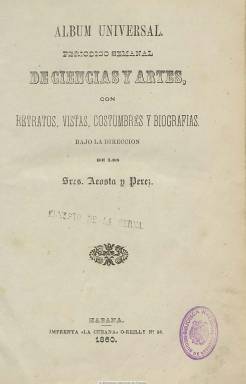
Título: Álbum universal
Colección: Semanarios de amenidades || Cultura
Ámbito geográfico: Cuba
Lugar de publicación: Habana
Fechas: 01/01/1860-31/12/1860

Con el subtítulo “periódico semanal de ciencias y artes, con retratos, vistas, costumbres y biografías” se publica durante 1860 en La Habana, bajo la dirección de los señores Acosta y Pérez, estampado en la imprenta La Cubana. Contiene principalmente biografías de personajes célebres en los campos de las artes, como en las carreras de las armas y de las letras, así como otros artículos eruditos, históricos o literarios, y algunas composiciones en verso de poetas “de ambos mundos”, pues el objeto de la publicación era propagar la ilustración. Cada entrega estaba formada por ocho páginas de texto y cuatro placas litográficas aparte, pero, según se señala al comienzo del tomo que forma la colección, sus editores comenzaron a distribuir al principio sólo las láminas, y también señalan que a los dos meses contaban con cerca de 1.500 suscriptores y que habían cesado en su publicación al final del mes de septiembre. Además de los retratos, algunos de literatos y alguna literata y militares españoles, sus grabados son también de vistas de monumentos, edificios y ciudades, algunas de ellas también españolas. Otros son de tipos y costumbres. Ni los textos ni los grabados, alguno coloreado, llevan firma. Para su edición se sirvieron de otras “famosas” publicaciones ilustradas francesas, inglesas, españolas o norteamericanas. Su paginación era continuada, hasta un total de 400 páginas de texto. Las láminas distribuidas alcanzan un total de 96, y contiene un índice de estas.